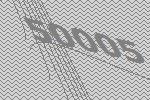
50005